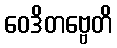
ဝေဒိတဗ္ဗေတိ